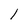
Character: l